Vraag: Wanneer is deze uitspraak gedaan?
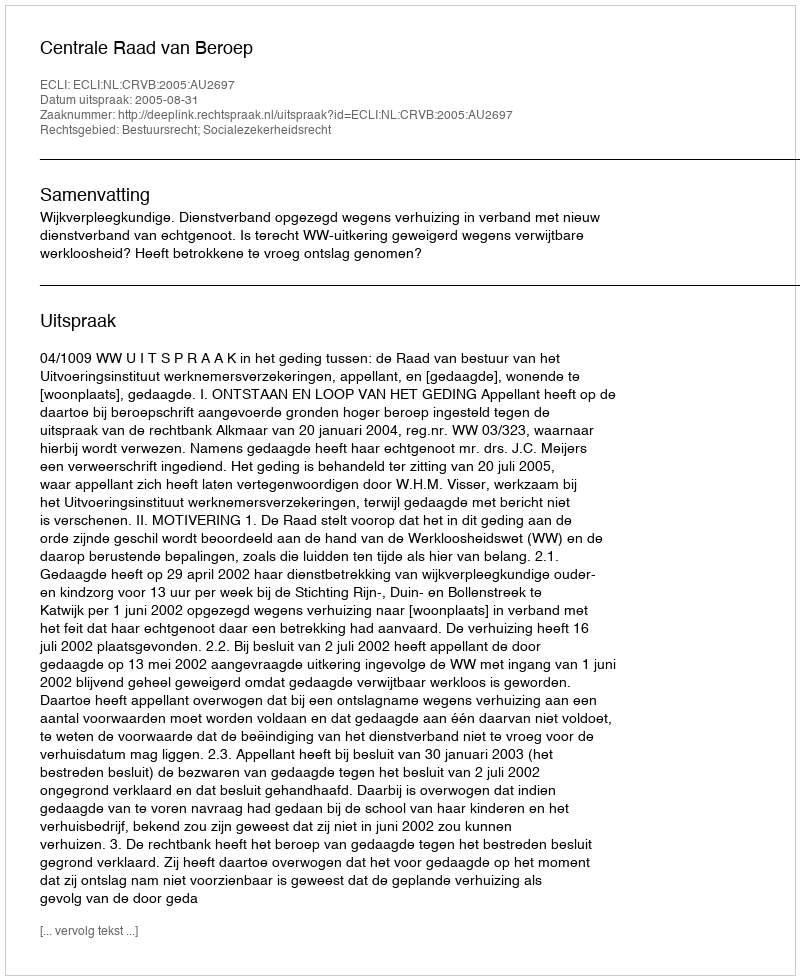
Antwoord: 2005-08-31